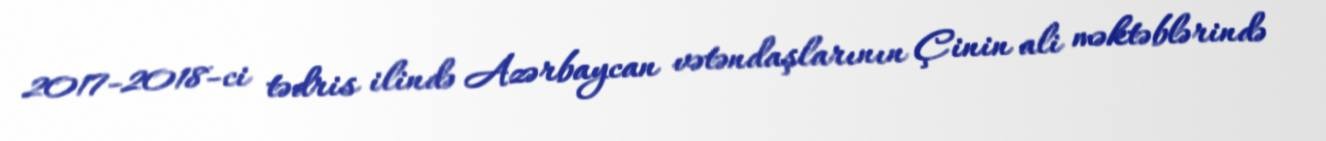
2017-2018-ci tədris ilində Azərbaycan vətəndaşlarının Çinin ali məktəblərində